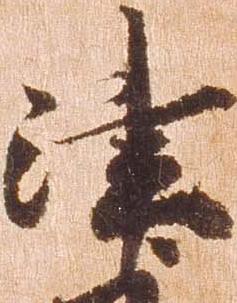
津